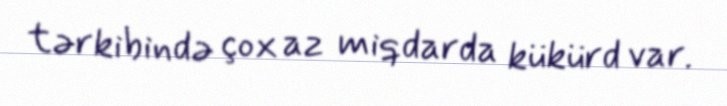
tərkibində çox az miqdarda kükürd var.